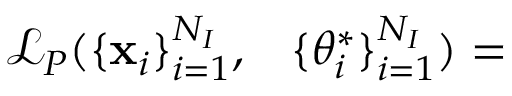
\begin{array} { r l } { \mathcal L _ { P } ( \{ \mathbf x _ { i } \} _ { i = 1 } ^ { N _ { I } } , } & { { } \{ \theta _ { i } ^ { * } \} _ { i = 1 } ^ { N _ { I } } ) = } \end{array}